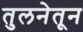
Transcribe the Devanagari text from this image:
तुलनेतून